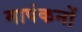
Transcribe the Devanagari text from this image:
मापंकनों